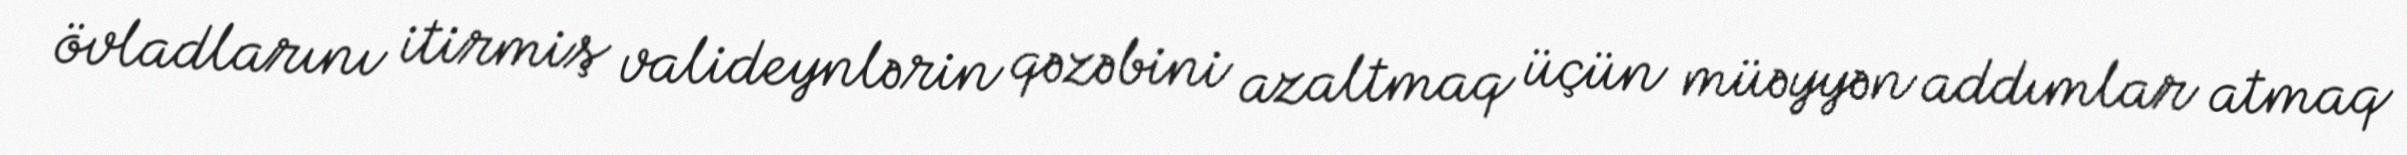
övladlarını itirmiş valideynlərin qəzəbini azaltmaq üçün müəyyən addımlar atmaq